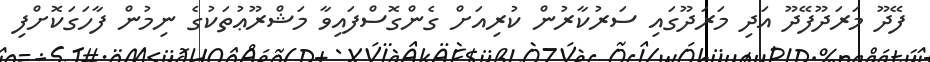
ފޭދޫ މަރަދޫފޭދޫ އަދި މަރަދޫގައި ސަރުކާރުން ކުރިއަށް ގެންގޮސްފައިވާ މަޝްރޫޢުތަކުގެ ނިމުން ފާހަގަކޮށްފި